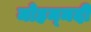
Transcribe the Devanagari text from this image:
मोहम्‍मदी